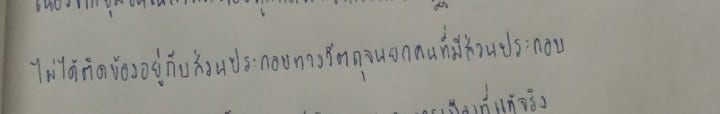
ไม่ได้ติดข้องอยู่กับส่วนประกอบทางวัตถุจนยกคนที่มีส่วนประกอบ